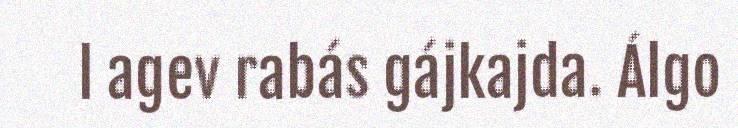
l agev rabás gájkajda. Álgo